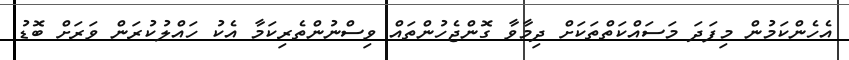
އެހެންކަމުން މިފަދަ މަސައްކަތްތަކަށް ދިމާވާ ގޮންޖެހުންތައް ވިސްނުންތެރިކަމާ އެކު ހައްލުކުރަން ވަރަށް ބޮޑު